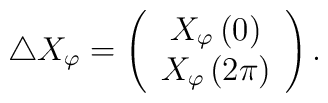
\triangle X_\varphi =\left(\begin{array}{c}X_\varphi \left( 0\right) \\X_\varphi \left( 2\pi \right)\end{array}\right) .